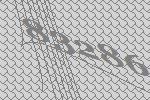
83286